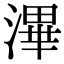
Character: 滭